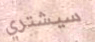
سيشتري